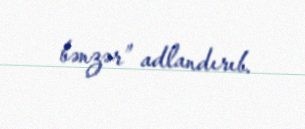
bənzər” adlandırıb.